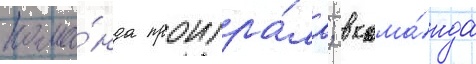
кома́нда проигра́ла; в кома́нда